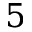
5